Jaan_Tonisson_(Lasteleht), lk 118
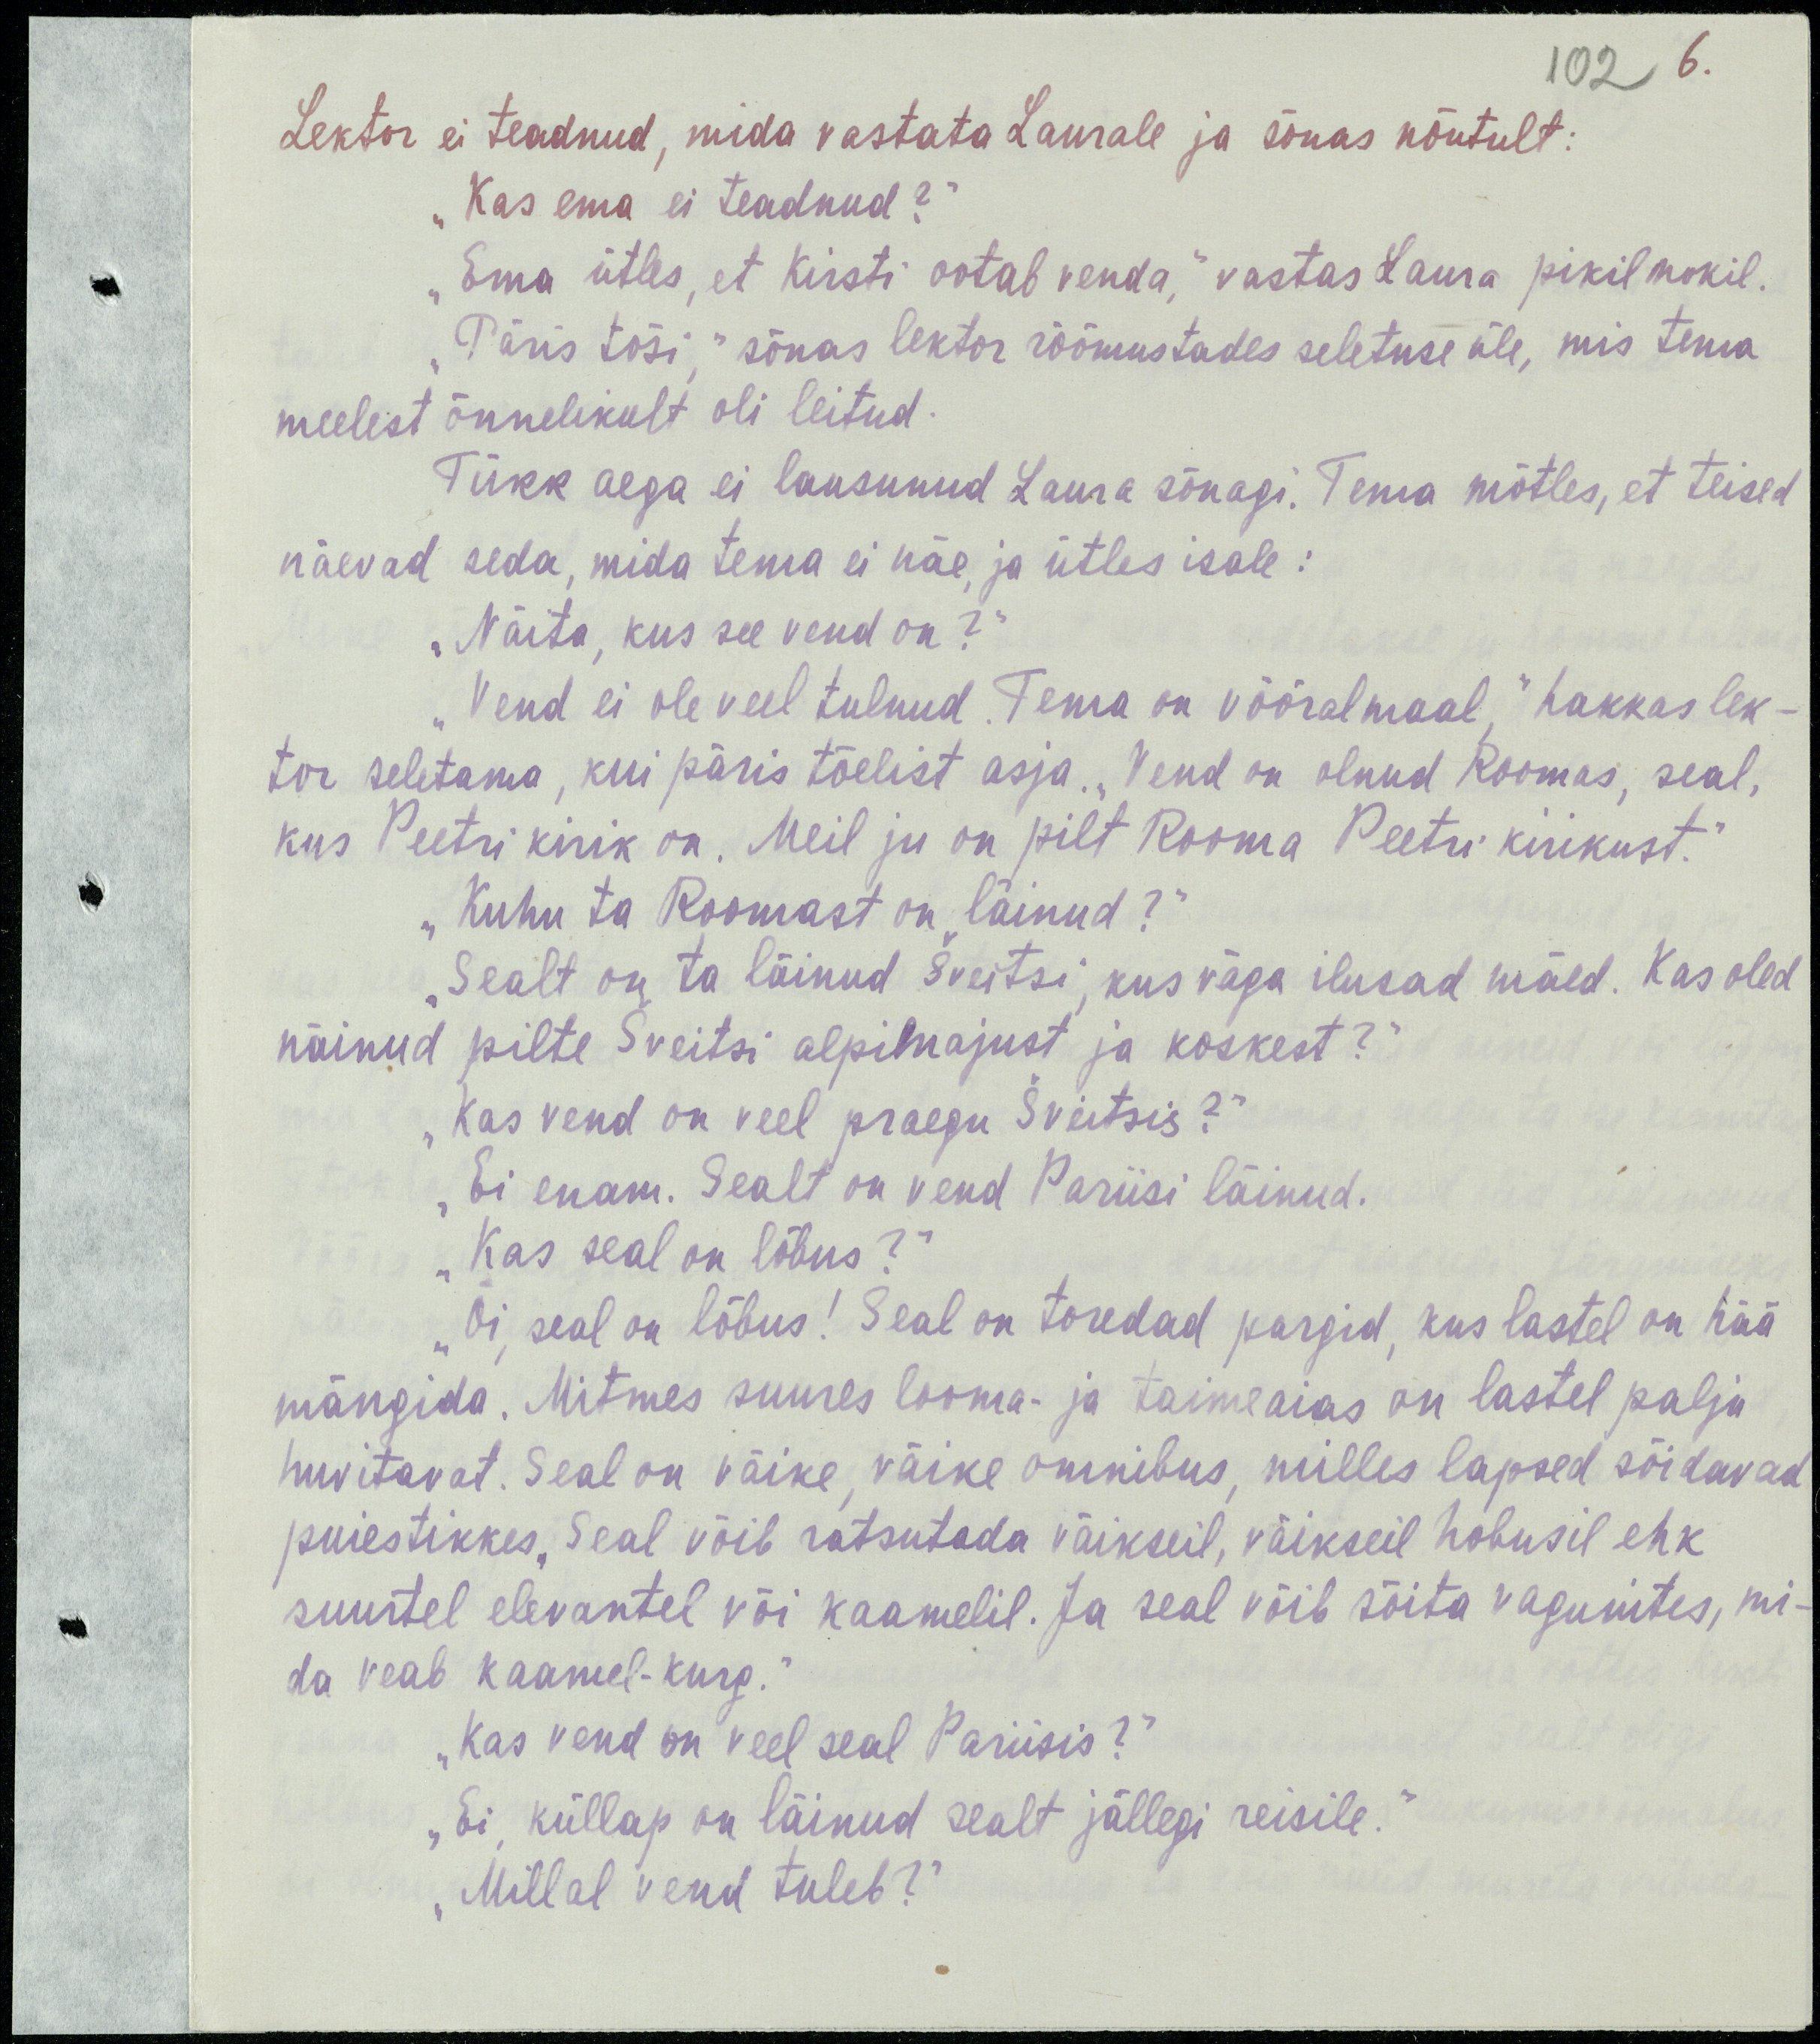
6.
102
Lektor ei teadnud, mida vastata Laurale ja sõnas nõutult:
„Kas ema ei teadnud?“
„Ema ütles, et Kirsti ootab venda,“ vastas Laura pikil mokil.
„Päris tõsi,“ sõnas lektor rõõmustades seletuse üle, mis tema
meelest õnnelikult oli leitud.
Tükk aega ei lausunud Laura sõnagi. Tema mõtles, et teised
näevad seda, mida tema ei näe, ja ütles isale:
„Näita, kus see vend on?“
„Vend ei ole veel tulnud. Tema on võõral maal,“ hakkas lek-
tor seletama, kui päris tõelist asja. „Vend on olnud Roomas, seal,
kus Peetri kirik on. Meil ju on pilt Rooma Peetri kirikust.“
„Kuhu ta Roomast on läinud?“
„Sealt on ta läinud Šveitsi, kus väga ilusad mäed. Kas oled
näinud pilte Šveitsi alpimajust ja koskest?“
„Kas vend on veel praegu Šveitsis?“
„Ei enam. Sealt on vend Pariisi läinud.
„Kas seal on lõbus?“
„Oi, seal on lõbus! Seal on toredad pargid, kus lastel on hää
mängida. Mitmes suures looma- ja taimeaias on lastel palju
huvitavat. Seal on väike, väike omnibus, milles lapsed sõidavad
puiestikkes. Seal võib ratsutada väikseil, väikeil hobusil ehk
suurtel elevantel või kaamelil. Ja seal võib sõita vagunites, mi-
da veab kaamel-kurg.“
„Kas vend on veel seal Pariisis?“
„Ei, küllap on läinud sealt jällegi reisile.“
„Millal vend tuleb?“